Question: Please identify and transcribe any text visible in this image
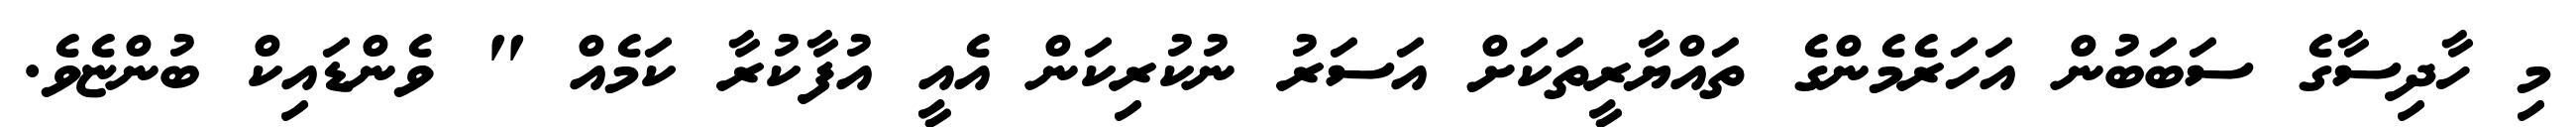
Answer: މި ހާދިސާގެ ސަބަބުން އަހަރެމެންގެ ތައްޔާރީތަކަށް އަސަރު ނުކުރިކަން އެއީ އުފާކުރާ ކަމެއް " ވެންޑައިކް ބުންޏެވެ.